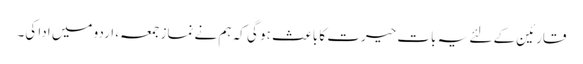
قارئین کے لئے یہ بات حیرت کا باعث ہو گی کہ ہم نے نماز جمعہ، اردو میں ادا کی۔